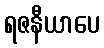
ရဇနီယာပေ